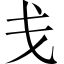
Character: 戋